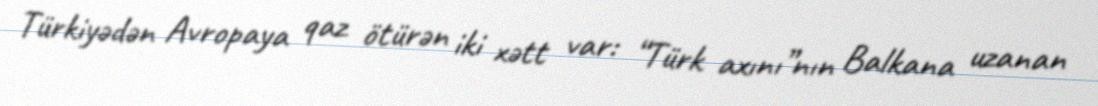
Türkiyədən Avropaya qaz ötürən iki xətt var: “Türk axını”nın Balkana uzanan